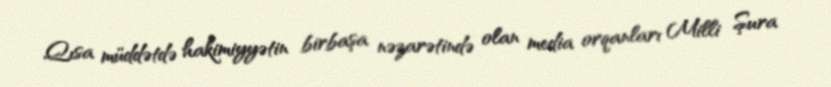
Qısa müddətdə hakimiyyətin birbaşa nəzarətində olan media orqanları Milli Şura